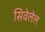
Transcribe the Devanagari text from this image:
सिवेलेल